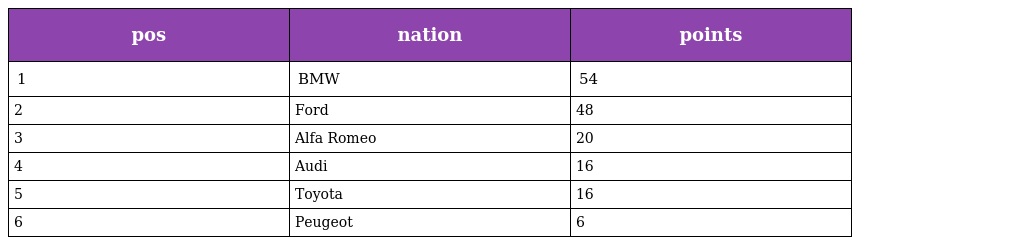
| pos | nation | points |
 | --- | --- | --- |
 | 1 | BMW | 54 |
 | 2 | Ford | 48 |
 | 3 | Alfa Romeo | 20 |
 | 4 | Audi | 16 |
 | 5 | Toyota | 16 |
 | 6 | Peugeot | 6 |